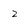
Character: 2